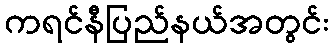
ကရင်နီပြည်နယ်အတွင်း